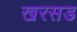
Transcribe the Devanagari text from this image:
खरसड